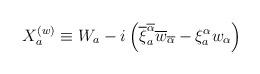
LaTeX: \begin{align*}X_a^{(w)} \equiv W_a -i\left( \overline{\xi}^{\overline{\alpha}}_a\overline{w}_{\overline{\alpha}} -\xi^{\alpha}_aw_\alpha \right)\end{align*}